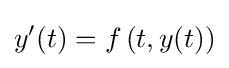
y'(t)=f\left(t,y(t)\right)